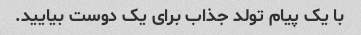
با یک پیام تولد جذاب برای یک دوست بیایید.